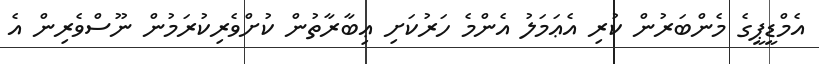
އެމްޑީޕީގެ މެންބަރުން ކުރި އެޢަމަލު އެންމެ ހަރުކަށި ޢިބާރާތުން ކުށްވެރިކުރަމުން ނޫސްވެރިން އެ